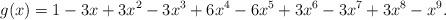
LaTeX: \begin{align*}g(x)=1 - 3 x + 3 x^2 - 3 x^3 + 6 x^4 - 6 x^5 + 3 x^6 - 3 x^7 + 3 x^8 - x^9.\end{align*}